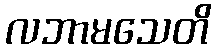
လဘာမသေတိ